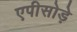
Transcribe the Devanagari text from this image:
एपीसोड़े